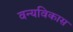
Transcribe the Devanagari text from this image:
वन्यविकास